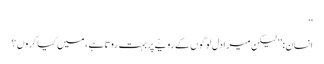
‘‘
انسان: ’’ لیکن میرا دل لوگوں کے رویّے پربہت روتا ہے ، میں کیا کروں ؟